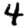
Digit: 4